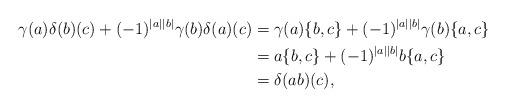
LaTeX: \begin{align*}\gamma(a)\delta(b)(c)+(-1)^{|a||b|}\gamma(b)\delta(a)(c)&=\gamma(a)\{b,c\}+(-1)^{|a||b|}\gamma(b)\{a, c\}\\&=a\{b, c\}+(-1)^{|a||b|}b\{a,c\}\\&=\delta(ab)(c),\end{align*}